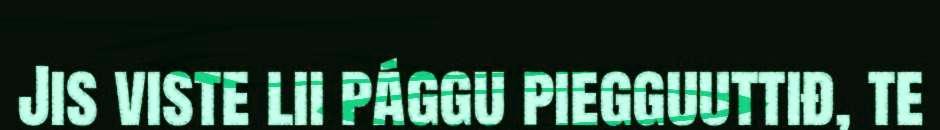
Jis viste lii pággu piegguuttiđ, te